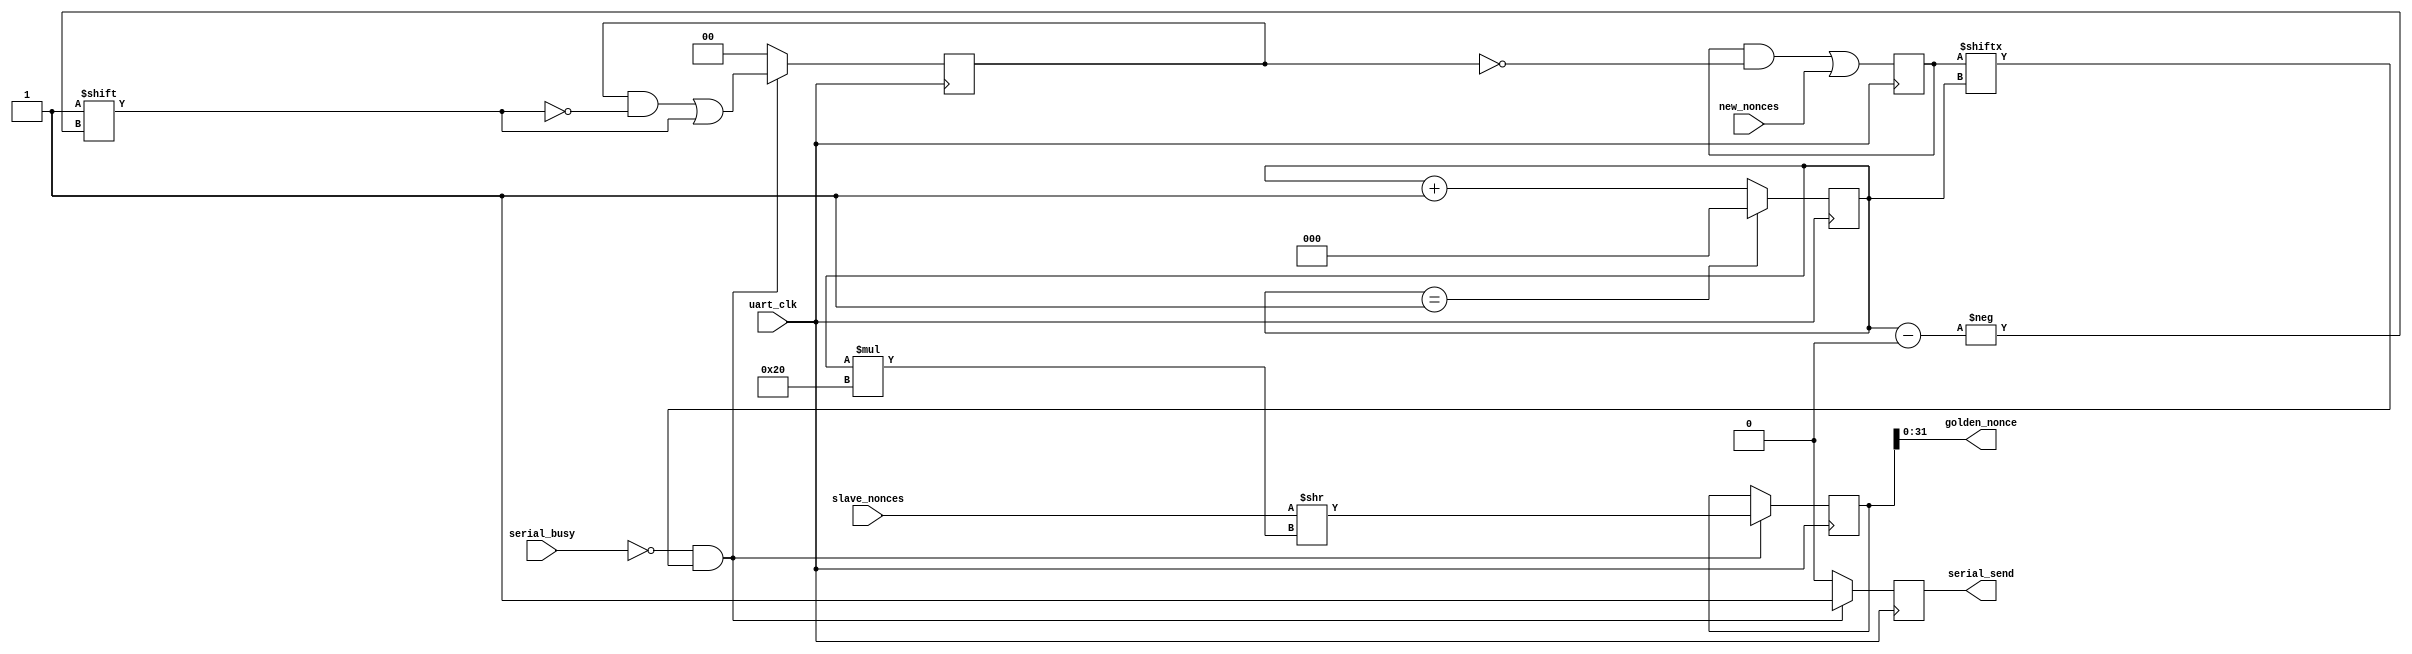
module hub_core_1 (uart_clk, new_nonces, golden_nonce, serial_send, serial_busy, slave_nonces);
   parameter SLAVES = 2;
   input uart_clk;
   input [SLAVES-1:0] new_nonces;
   input [SLAVES*32-1:0] slave_nonces;
   output [31:0] 	 golden_nonce;
   output 		 serial_send;
   input 		 serial_busy;
   reg 			 serial_send_reg = 0;
   assign serial_send = serial_send_reg;
   reg [SLAVES-1:0] 	new_nonces_flag = 0;
   function integer clog2;		
      input integer value;
      begin
      value = value-1;
      for (clog2=0; value>0; clog2=clog2+1)
      value = value>>1;
      end
   endfunction
   reg [clog2(SLAVES)+1:0] port_counter = 0;
   reg [SLAVES*32-1:0] 	    slave_nonces_shifted = 0;
   assign golden_nonce = slave_nonces_shifted[31:0];
   reg [SLAVES-1:0] 	    clear_nonces = 0;
   always @(posedge uart_clk)
     begin
	new_nonces_flag <= (new_nonces_flag & ~clear_nonces) | new_nonces;
	if (port_counter == SLAVES-1)
	  port_counter <= 0;
	else
	  port_counter <= port_counter + 1;
	if (!serial_busy && new_nonces_flag[port_counter])
	  begin
	     slave_nonces_shifted <= slave_nonces >> port_counter*32;
	     serial_send_reg <= 1;
	     clear_nonces[port_counter] <= 1;
	  end
	else 
	  begin
	     serial_send_reg <= 0;
	     clear_nonces <= 0;
	  end
     end
endmodule